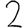
Digit: 2